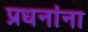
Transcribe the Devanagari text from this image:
प्रधनांना